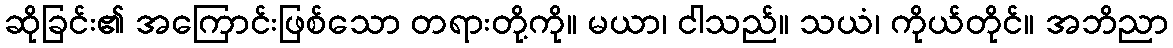
ဆိုခြင်း၏ အကြောင်းဖြစ်သော တရားတို့ကို။ မယာ၊ ငါသည်။ သယံ၊ ကိုယ်တိုင်။ အဘိညာ